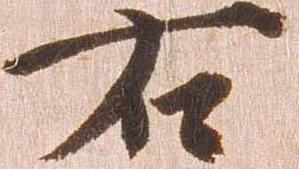
右